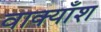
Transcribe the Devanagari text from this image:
वाक्याँश